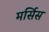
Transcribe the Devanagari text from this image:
मर्सिस